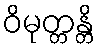
ဝိမုတ္တန္တိ